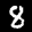
Label: 8